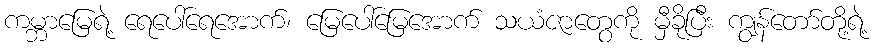
ကမ္ဘာမြေရဲ့ ရေပေါ်ရေအောက်၊ မြေပေါ်မြေအောက် သယံဇာတွေကို မှီခိုပြီး ကျွန်တော်တို့ရဲ့